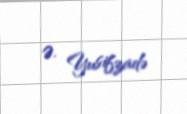
Ə. Yusifzadə